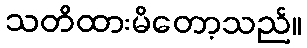
သတိထားမိတော့သည်။